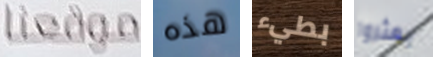
موقعنا هذه بطيء يعثروا